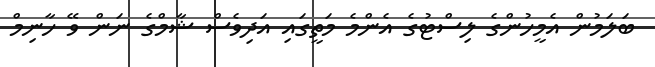
ބަލަމުން އެމީހުންގެ ލިސްޓުގެ އެންމެ މަތީގައި އަދިވެސް ޝާމްގެ ނަން ވޭ ހާނިމް